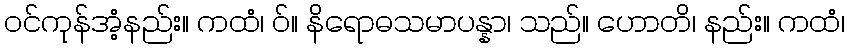
ဝင်ကုန်အံ့နည်း။ ကထံ၊ ဝ်။ နိရောဓသမာပန္နာ၊ သည်။ ဟောတိ၊ နည်း။ ကထံ၊